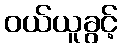
ဝယ်ယူခွင့်